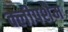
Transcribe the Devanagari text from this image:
क्लीपशैम